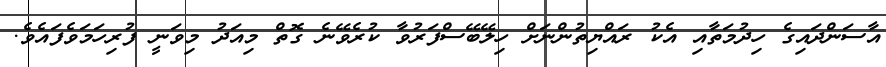
އާސަންދައިގެ ހިދުމަތާއި އެކު ރައްޔިތުންނަށް ހިލޭބޭސްފަރުވާ ކުރެވޭނެ ގޮތް މިއަދު މިވަނީ ފުރިހަމަވެފައެވެ.